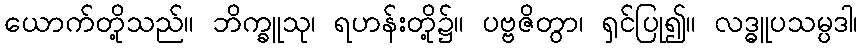
ယောက်တို့သည်။ ဘိက္ခူသု၊ ရဟန်းတို့၌။ ပဗ္ဗဇိတွာ၊ ရှင်ပြု၍။ လဒ္ဓူပသမ္ပဒါ၊